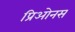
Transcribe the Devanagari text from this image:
प्रिओनस